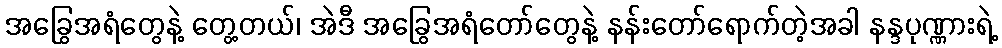
အခြွေအရံတွေနဲ့ တွေ့တယ်၊ အဲဒီ အခြွေအရံတော်တွေနဲ့ နန်းတော်ရောက်တဲ့အခါ နန္ဒပုဏ္ဏားရဲ့